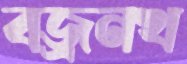
বজ্রনখ